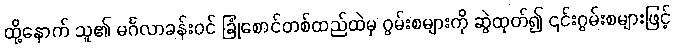
ထို့နောက် သူ၏ မင်္ဂလာခန်းဝင် ခြုံစောင်တစ်ထည်ထဲမှ ဂွမ်းစများကို ဆွဲထုတ်၍ ၎င်းဂွမ်းစများဖြင့်